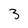
Character: 3